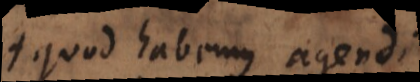
s quod habemus agendi